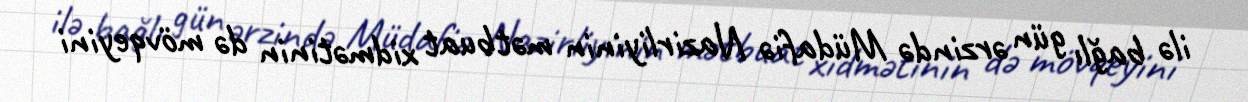
ilə bağlı gün ərzində Müdafiə Nazirliyinin mətbuat xidmətinin də mövqeyini